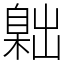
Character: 𦤙